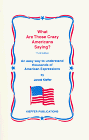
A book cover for What Are Those Crazy Americans Saying?: An Easy Way to Understand Thousands of American Expressions; Jarold A. Kieffer; Reference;